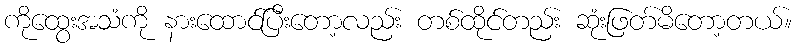
ကိုထွေးအသံကို နားထောင်ပြီးတော့လည်း တစ်ထိုင်တည်း ဆုံးဖြတ်မိတော့တယ်။